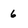
Character: 6